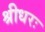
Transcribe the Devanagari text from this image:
श्रीधरः